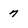
Character: 7